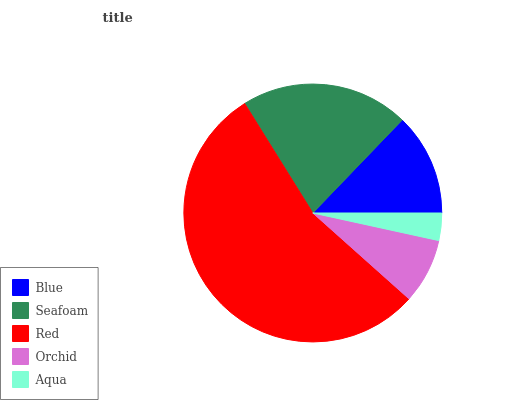
| Blue | Seafoam | Red | Orchid | Aqua |
 | --- | --- | --- | --- | --- |
 | 12.8% | 21% | 54.6% | 8.16% | 3.42% |